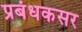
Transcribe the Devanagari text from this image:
प्रबंधकसर